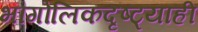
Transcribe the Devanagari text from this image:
भौगोलिकदृष्ट्याही